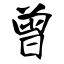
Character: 曾